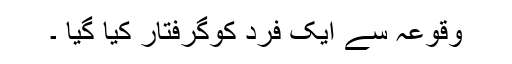
وقوعہ سے ایک فرد کوگرفتار کیا گیا ۔